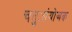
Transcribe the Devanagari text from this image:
चतुःसंयोजक